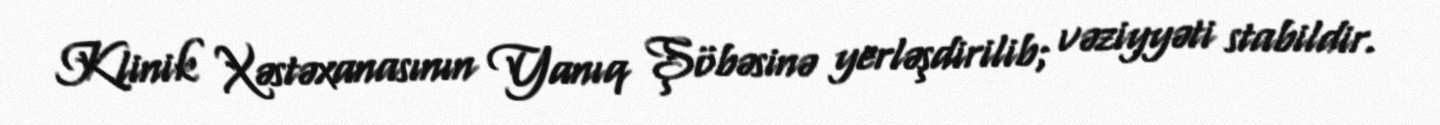
Klinik Xəstəxanasının Yanıq Şöbəsinə yerləşdirilib; vəziyyəti stabildir.